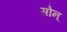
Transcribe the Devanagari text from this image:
सोन्